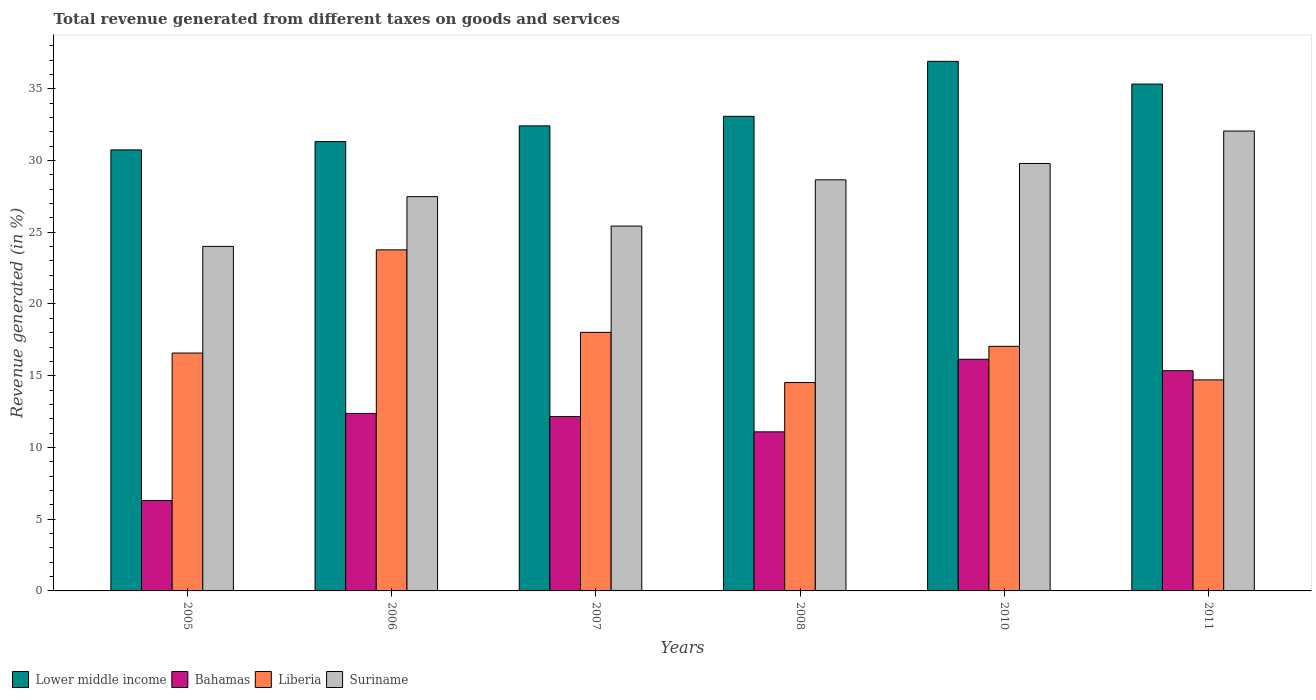
| Years | Lower middle income | Bahamas | Liberia | Suriname |
 | --- | --- | --- | --- | --- |
 | 2005 | 30.7 | 6.3 | 16.6 | 24 |
 | 2006 | 31.3 | 12.4 | 23.8 | 27.5 |
 | 2007 | 32.4 | 12.2 | 18 | 25.4 |
 | 2008 | 33.1 | 11.1 | 14.5 | 28.7 |
 | 2010 | 36.9 | 16.1 | 17 | 29.8 |
 | 2011 | 35.3 | 15.3 | 14.7 | 32.1 |